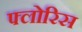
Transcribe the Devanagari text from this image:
फ्लोरिस